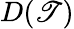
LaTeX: D(\mathscr{T})